Annual administration report of the Civil Veterinary Department of India - 1898-1899
Year: 1898
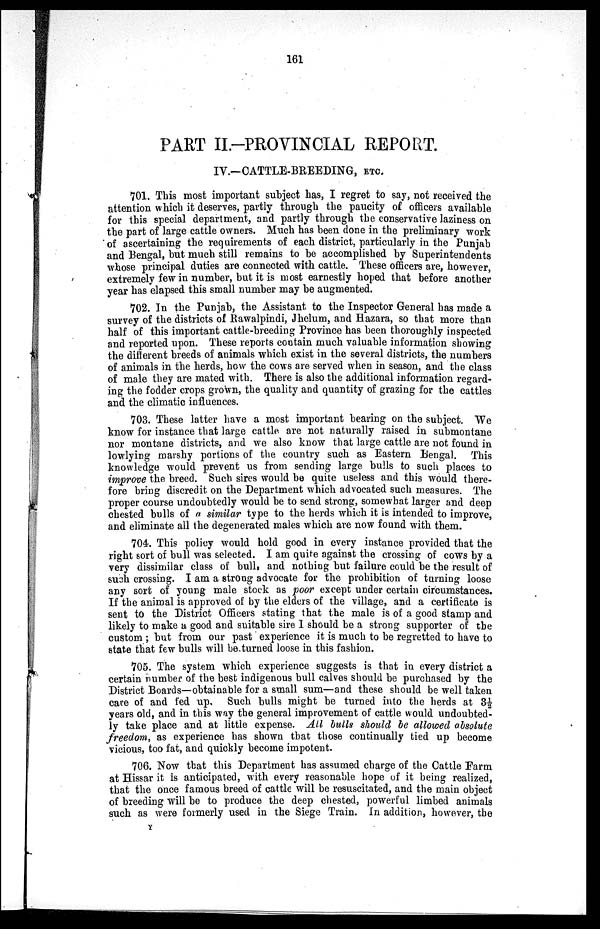
161
PART II.-PROVINCIAL REPORT.
IV.—CATTLE-BREEDING, ETC.
701. This most important subject has, I regret to say, not received the
attention which it deserves, partly through the paucity of officers available
for this special department, and partly through the conservative laziness on
the part of large cattle owners. Much has been done in the preliminary work
of ascertaining the requirements of each district, particularly in the Punjab
and Bengal, but much still remains to be accomplished by Superintendents
whose principal duties are connected with cattle. These officers are, however,
extremely few in number, but it is most earnestly hoped that before another
year has elapsed this small number may be augmented.
702. In the Punjab, the Assistant to the Inspector General has made a
survey of the districts of Rawalpindi, Jhelum, and Hazara, so that more than
half of this important cattle-breeding Province has been thoroughly inspected
and reported upon. These reports contain much valuable information showing
the different breeds of animals which exist in the several districts, the numbers
of animals in the herds, how the cows are served when in season, and the class
of male they are mated with. There is also the additional information regard-
ing the fodder crops grown, the quality and quantity of grazing for the cattles
and the climatic influences.
703. These latter have a most important bearing on the subject. We
know for instance that large cattle are not naturally raised in submontane
nor montane districts, and we also know that large cattle are not found in
lowlying marshy portions of the country such as Eastern Bengal. This
knowledge would prevent us from sending large bulls to such places to
improve the breed. Such sires would be quite useless and this would there-
fore bring discredit on the Department which advocated such measures. The
proper course undoubtedly would be to send strong, somewhat larger and deep
chested bulls of a similar type to the herds which it is intended to improve,
and eliminate all the degenerated males which are now found with them.
704. This policy would hold good in every instance provided that the
right sort of bull was selected. I am quite against the crossing of cows by a
very dissimilar class of bull, and nothing but failure could be the result of
such crossing. I am a strong advocate for the prohibition of turning loose
any sort of young male stock as poor except under certain circumstances.
If the animal is approved of by the elders of the village, and a certificate is
sent to the District Officers stating that the male is of a good stamp and
likely to make a good and suitable sire I should be a strong supporter of the
custom ; but from our past experience it is much to be regretted to have to
state that few bulls will be turned loose in this fashion.
705. The system which experience suggests is that in every district a
certain number of the best indigenous bull calves should be purchased by the
District Boards—obtainable for a small sum—and these should be well taken
care of and fed up. Such bulls might be turned into the herds at 3½
years old, and in this way the general improvement of cattle would undoubted-
ly take place and at little expense. All bulls should be allowed absolute
freedom, as experience has shown that those continually tied up become
vicious, too fat, and quickly become impotent.
706. Now that this Department has assumed charge of the Cattle Farm
at Hissar it is anticipated, with every reasonable hope of it being realized,
that the once famous breed of cattle will be resuscitated, and the main object
of breeding will be to produce the deep chested, powerful limbed animals
such as were formerly used in the Siege Train. In addition, however, the
Y